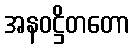
အနဝဋ္ဌိတတော